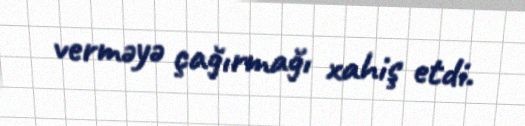
verməyə çağırmağı xahiş etdi.